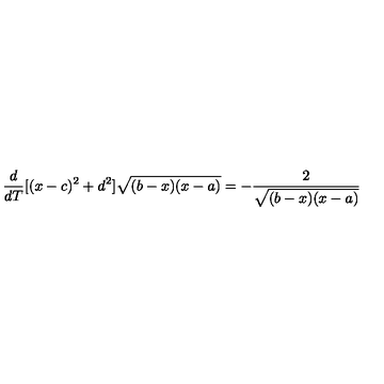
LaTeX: \frac { d } { d T } [ ( x - c ) ^ { 2 } + d ^ { 2 } ] \sqrt { ( b - x ) ( x - a ) } = - \frac { 2 } { \sqrt { ( b - x ) ( x - a ) } }